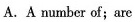
A. A number of;are